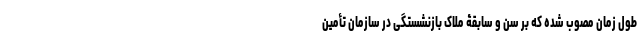
طول زمان مصوب شده که بر سن و سابقۀ ملاک بازنشستگی در سازمان تأمین